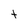
Character: t